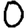
Digit: 0